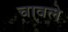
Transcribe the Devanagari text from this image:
चावले